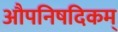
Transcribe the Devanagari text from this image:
औपनिषदिकम्